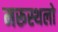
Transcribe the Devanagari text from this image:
मरूस्थलो